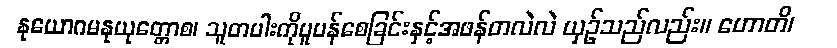
နုယောဂမနုယုတ္တောစ၊ သူတပါးကိုပူပန်စေခြင်းနှင့်အဖန်တလဲလဲ ယှဉ်သည်လည်း။ ဟောတိ၊